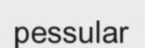
pessular